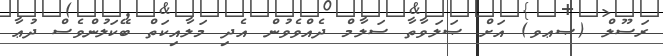
ރަސޫލް (ޞޢވ) އަށް ޞަލަވާތާ ސަލާމް ދެއްވެވުން އެދި މަލާއިކަތް ބޭކަލުންވެސް ދުޢާ